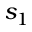
s _ { 1 }